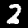
Label: 2